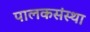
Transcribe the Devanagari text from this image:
पालकसंस्था